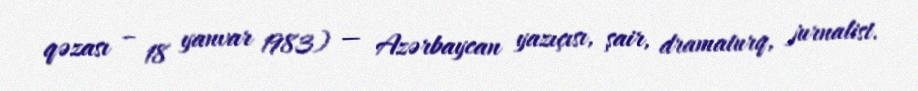
qəzası – 18 yanvar 1983) — Azərbaycan yazıçısı, şair, dramaturq, jurnalist.